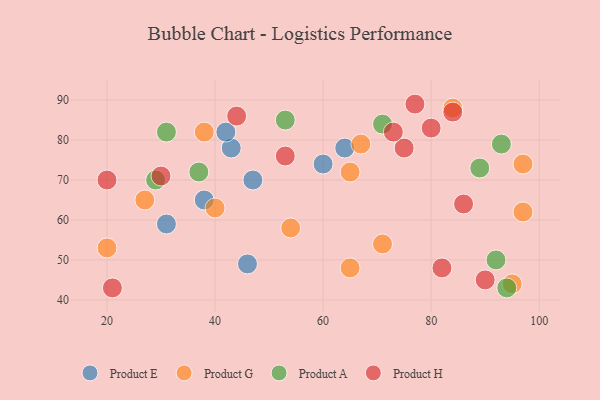
{"axis": {"x": "GDP", "y": "Life Expectancy"}, "legend": ["Product A", "Product E", "Product G", "Product H"], "data": [{"x": "38", "y": 65, "type": "Product E"}, {"x": "60", "y": 74, "type": "Product E"}, {"x": "47", "y": 70, "type": "Product E"}, {"x": "43", "y": 78, "type": "Product E"}, {"x": "64", "y": 78, "type": "Product E"}, {"x": "46", "y": 49, "type": "Product E"}, {"x": "31", "y": 59, "type": "Product E"}, {"x": "42", "y": 82, "type": "Product E"}, {"x": "65", "y": 48, "type": "Product G"}, {"x": "67", "y": 79, "type": "Product G"}, {"x": "65", "y": 72, "type": "Product G"}, {"x": "54", "y": 58, "type": "Product G"}, {"x": "27", "y": 65, "type": "Product G"}, {"x": "20", "y": 53, "type": "Product G"}, {"x": "38", "y": 82, "type": "Product G"}, {"x": "97", "y": 62, "type": "Product G"}, {"x": "97", "y": 74, "type": "Product G"}, {"x": "40", "y": 63, "type": "Product G"}, {"x": "95", "y": 44, "type": "Product G"}, {"x": "84", "y": 88, "type": "Product G"}, {"x": "71", "y": 54, "type": "Product G"}, {"x": "92", "y": 50, "type": "Product A"}, {"x": "94", "y": 43, "type": "Product A"}, {"x": "53", "y": 85, "type": "Product A"}, {"x": "37", "y": 72, "type": "Product A"}, {"x": "71", "y": 84, "type": "Product A"}, {"x": "29", "y": 70, "type": "Product A"}, {"x": "93", "y": 79, "type": "Product A"}, {"x": "89", "y": 73, "type": "Product A"}, {"x": "31", "y": 82, "type": "Product A"}, {"x": "86", "y": 64, "type": "Product H"}, {"x": "82", "y": 48, "type": "Product H"}, {"x": "53", "y": 76, "type": "Product H"}, {"x": "21", "y": 43, "type": "Product H"}, {"x": "84", "y": 87, "type": "Product H"}, {"x": "44", "y": 86, "type": "Product H"}, {"x": "80", "y": 83, "type": "Product H"}, {"x": "90", "y": 45, "type": "Product H"}, {"x": "75", "y": 78, "type": "Product H"}, {"x": "73", "y": 82, "type": "Product H"}, {"x": "20", "y": 70, "type": "Product H"}, {"x": "77", "y": 89, "type": "Product H"}, {"x": "30", "y": 71, "type": "Product H"}]}